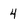
Character: 4